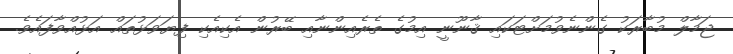
ޖަމާލް މުބާރަކު ގެންނެވުމަށްޓަކައި ޤާނޫނީ އިމުގެ ތެރެއިންނާއި ބޭރުން އެކިއެކި ފިޔަވަޅުތައް އަޅުއްވާފައެވެ.